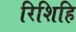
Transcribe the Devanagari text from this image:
रिशिहि